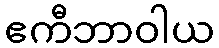
ဧကီဘာဝါယ